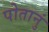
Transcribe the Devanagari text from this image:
पोतानुं